Civil Veterinary Dept. Bombay admin report 1900-1906 - 1900-1906
Year: 1900
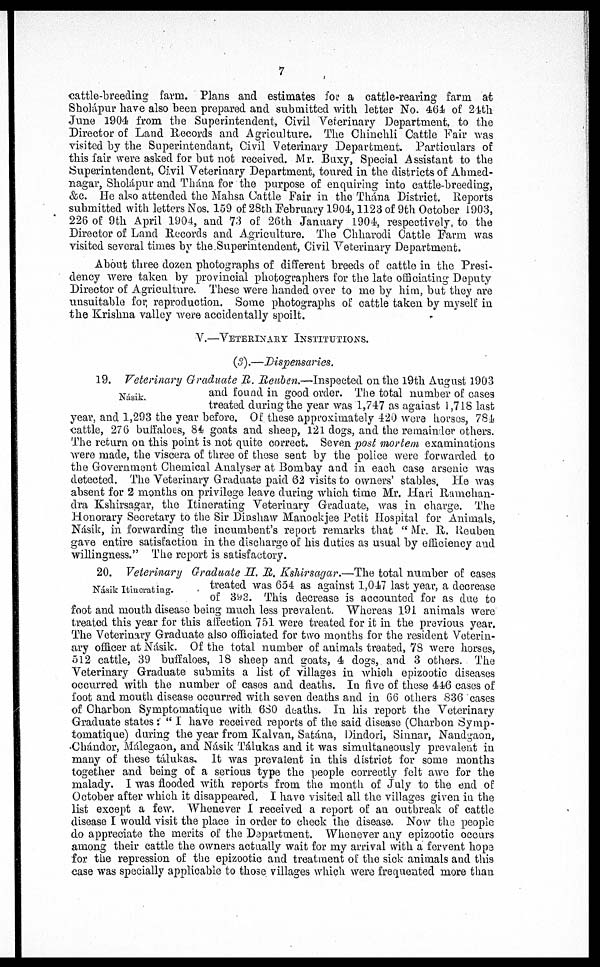
7
cattle-breeding farm. Plans and estimates for a cattle-rearing farm at
Sholápur have also been prepared and submitted with letter No. 464 of 21th
June 1904 from the Superintendent, Civil Veterinary Department, to the
Director of Land Records and Agriculture. The Chinchli Cattle Fair was
visited by the Superintendant, Civil Veterinary Department. Particulars of
this fair were asked for but not received. Mr. Buxy, Special Assistant to the
Superintendent, Civil Veterinary Department, toured in the districts of Ahmed-
nagar, Sholápur and Thána for the purpose of enquiring into cattle-breeding,
&c. He also attended the Mahsa Cattle Fair in the Thána District. Reports
submitted with letters Nos. 159 of 28th February 1904, 1123 of 9th October 1903,
226 of 9th April 1904, and 73 of 26th January 1904, respectively, to the
Director of Land Records and Agriculture. The Chharodi Cattle Farm was
visited several times by the Superintendent, Civil Veterinary Department.
About three dozen photographs of different breeds of cattle in the Presi-
dency were taken by provincial photographers for the late officiating Deputy
Director of Agriculture. These were handed over to me by him, but they are
unsuitable for reproduction. Some photographs of cattle taken by myself in
the Krishna valley were accidentally spoilt.
V.—VETERINARY INSTITUTIONS.
(3).—Dispensaries.
Násik.
19. Veterinary Graduate R. Reuben.—Inspected on the 19th August 1903
and found in good order. The total number of cases
treated during the year was 1,747 as against 1,718 last
year, and 1,293 the year before. Of these approximately 420 were horses, 784
cattle, 276 buffaloes, 84 goats and sheep, 121 dogs, and the remainder others.
The return on this point is not quite correct. Seven post mortem examinations
were made, the viscera of three of these sent by the police were forwarded to
the Government Chemical Analyser at Bombay and in each case arsenic was
detected. The Veterinary Graduate paid 62 visits to owners' stables. He was
absent for 2 months on privilege leave during which time Mr. Hari Ramchan-
dra Kshirsagar, the Itinerating Veterinary Graduate, was in charge. The
Honorary Secretary to the Sir Dinshaw Manockjee Petit Hospital for Animals,
Násik, in forwarding the incumbent's report remarks that "Mr. R. Reuben
gave entire satisfaction in the discharge of his duties as usual by efficiency and
willingness." The report is satisfactory.
Násik Itincrating.
20. Veterinary Graduate H. R. Kshirsagar.—The total number of cases
treated was 654 as against 1,017 last year, a decrease
of 393. This decrease is accounted for as due to
foot and mouth disease being much less prevalent. Whereas 191 animals were
treated this year for this affection 751 were treated for it in the previous year.
The Veterinary Graduate also officiated for two months for the resident Veterin-
ary officer at Násik. Of the total number of animals treated, 78 were horses,
512 cattle, 39 buffaloes, 18 sheep and goats, 4 dogs, and 3 others. The
Veterinary Graduate submits a list of villages in which epizootic diseases
occurred with the number of cases and deaths. In five of these 446 cases of
foot and mouth disease occurred with seven deaths and in 66 others 836 cases
of Charbon Symptomatique with 6S0 deaths. In his report the Veterinary
Graduate states: "I have received reports of the said disease (Charbon Symp-
tomatique) during the year from Kalvan, Satána, Dindori, Sinnar, Nandgaon,
Chándor, Málegaon, and Násik Tálukas and it was simultaneously prevalent in
many of these tálukas. It was prevalent in this district for some months
together and being of a serious type the people correctly felt awe for the
malady. I was flooded with reports from the month of July to the end of
October after which it disappeared. I have visited all the villages given in the
list except a few. Whenever I received a report of an outbreak of cattle
disease I would visit the place in order to check the disease. Now the people
do appreciate the merits of the Department. Whenever any epizootic occurs
among their cattle the owners actually wait for my arrival with a fervent hope
for the repression of the epizootic and treatment oil the sick animals and this
case was specially applicable to those villages which were frequented more than